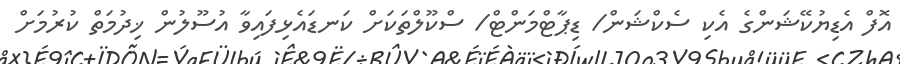
އޮފް އެޑިޔުކޭޝަންގެ އެކި ސެކްޝަން/ ޑިޕާޓްމަންޓް/ ސްކޫލްތަކަށް ކަނޑައެޅިފައިވާ އުސޫލުން ޚިދުމަތް ކުރުމަށް